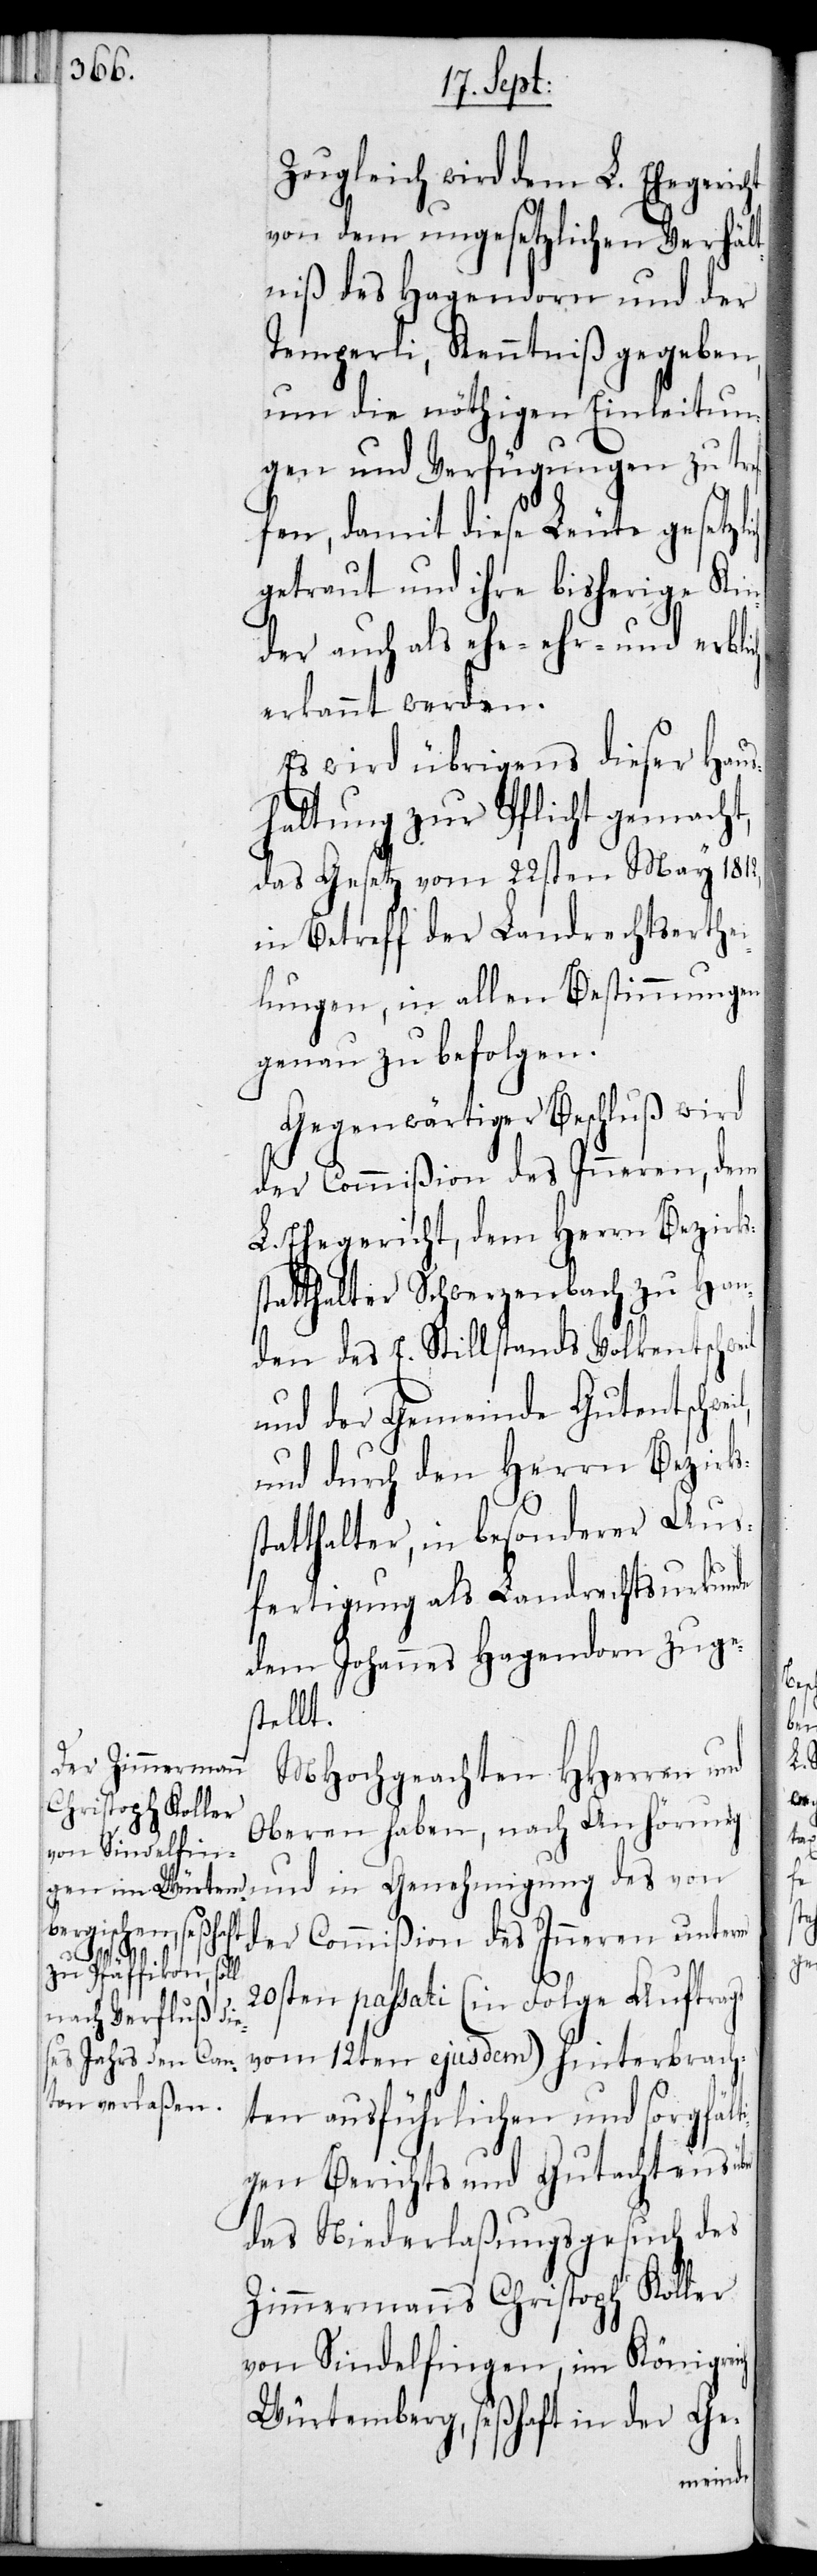
Zugleich wird dem L. Ehegeric¬
von dem ungesetzlichen Verhält¬
niß des Hagendorn und der
Temperli, Kenntniß gegeben,
um die nöthigen Einleitun¬
gen und Verfügungen zu tref¬
fen, damit diese Leute gesetzl¬
getraut und ihre bisherige Kin¬
der auch als ehe-, ehr- und erblich
erkannt werden.
Es wird übrigens dieser Haus¬
haltung zur Pflicht gemacht,
das Gesetz vom 22sten May 1812,
in Betreff der Landrechtserthei¬
lungen, in allen Bestimmungen
genau zu befolgen.
Gegenwärtiger Beschluß wird
der Commißion des Inneren, dem
statthalter Schwerzenbach zu Han¬
den des E. Stillstands Volkentschweil
und der Gemeinde Gutentschweil
und durch den Herrn Bezirks¬
statthalter in, besonderer Aus¬
fertigung als Landrechtsurkunde
dem Johannes Hagendorn zuge¬
stellt.
MHochgeachten HHerren und
Oberen haben, nach Anhörung
der Commißion des Inneren unterm
Bezirks¬
20sten passati (in Folge Auftrags
vom 12ten ejusdem) hinterbrach¬
ten ausführlichen und sorgfält¬
igen Berichts und Gutachtens
das Niederlaßungsgesuch des
Zimmermanns Christoph Koller
von Sindelfingen, im Königreich
Würtemberg, seßhaft in der Ge-